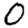
Digit: 0